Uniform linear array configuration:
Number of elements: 32
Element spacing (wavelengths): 0.25
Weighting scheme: exponential
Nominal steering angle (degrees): -60
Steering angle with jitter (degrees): -59.116
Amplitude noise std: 0.05
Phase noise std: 0.05

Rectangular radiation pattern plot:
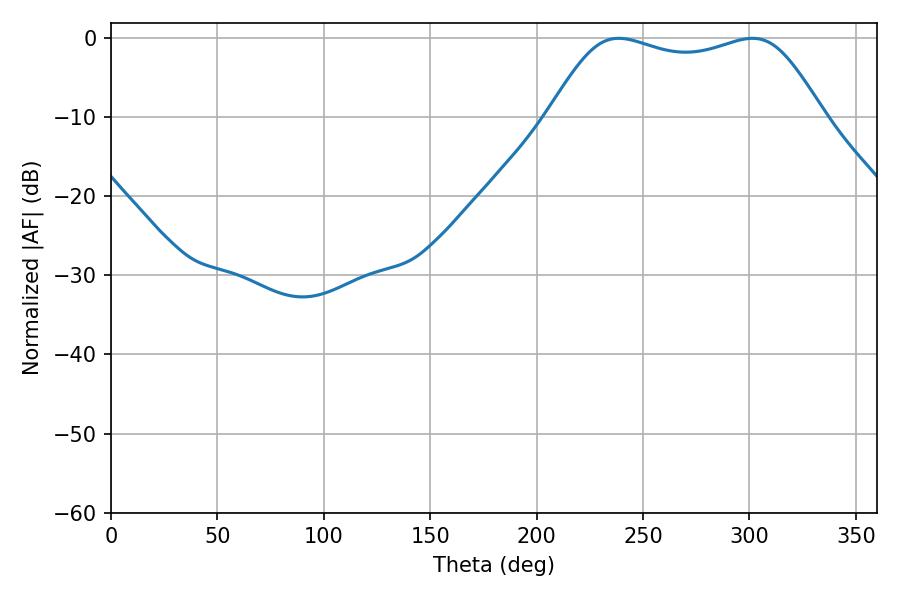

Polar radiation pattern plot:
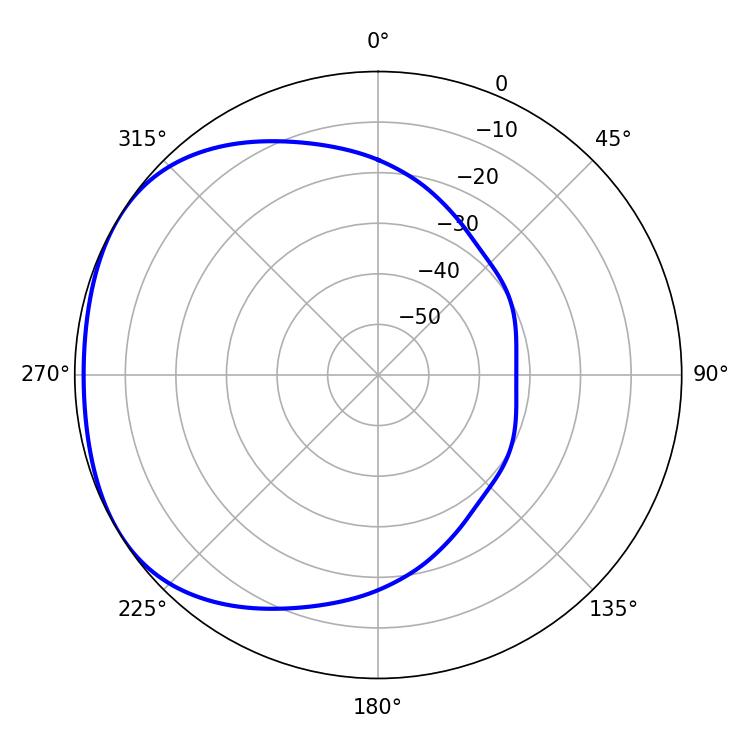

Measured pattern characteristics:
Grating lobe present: FALSE
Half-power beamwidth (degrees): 99
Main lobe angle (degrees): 238.5